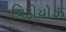
વિડીયોઝ